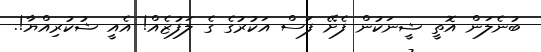
ބުނެލަން އޮތީ ޝީނަކުން ފެށޭ ފަސް އަކުރުގެ ގެ ލަފުޒެއް! އެއީ ޝުކުރިއްޔާ!.